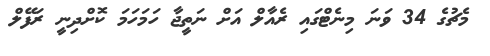
މެޗުގެ 34 ވަނަ މިނެޓްގައި ރެއާލް އަށް ނަތީޖާ ހަމަހަމަ ކޮށްދިނީ ރަފޭލް